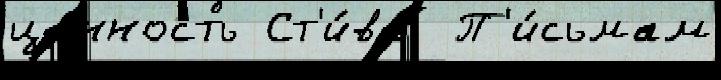
це́нность Ст'и́ва  П'и́сьмам